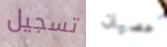
تسجيل عصيان